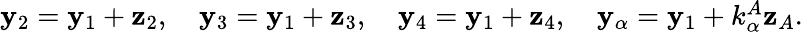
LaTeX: \begin{array}{r}{{\mathbf y}_{2}={\mathbf y}_{1}+{\mathbf z}_{2},\quad{\mathbf y}_{3}={\mathbf y}_{1}+{\mathbf z}_{3},\quad{\mathbf y}_{4}={\mathbf y}_{1}+{\mathbf z}_{4},\quad{\mathbf y}_{\alpha}={\mathbf y}_{1}+k_{\alpha}^{A}{\mathbf z}_{A}.}\end{array}